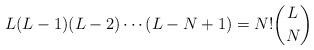
LaTeX: \begin{align*}L (L-1) (L-2) \cdots (L-N+1) = N! \binom{L}{N}\end{align*}